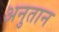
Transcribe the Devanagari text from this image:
अनुतान